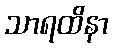
သာရထိနာ